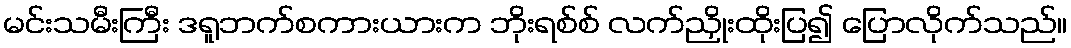
မင်းသမီးကြီး ဒရူဘက်စကားယားက ဘိုးရစ်စ် လက်ညှိုးထိုးပြ၍ ပြောလိုက်သည်။